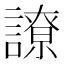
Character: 䜍